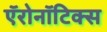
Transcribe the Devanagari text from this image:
ऍरोनॉटिक्स